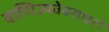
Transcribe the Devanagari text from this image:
वाणिज्यवेबसाइटों